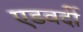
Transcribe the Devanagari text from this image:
एडवर्दी